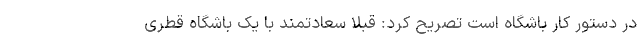
در دستور کار باشگاه است تصریح کرد: قبلا سعادتمند با یک باشگاه قطری